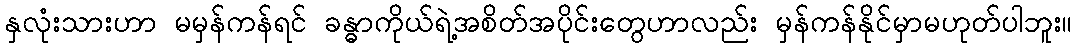
နှလုံးသားဟာ မမှန်ကန်ရင် ခန္ဓာကိုယ်ရဲ့အစိတ်အပိုင်းတွေဟာလည်း မှန်ကန်နိုင်မှာမဟုတ်ပါဘူး။